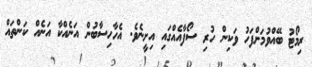
ރިމޯޓު ބޭއްވުމަށްފަހު ވަކިން ހުރި ސޯފާއެއްގައި އިށީނެވެ. އެހާހިސާބުން އަނެއްކާ އަނެއް ކަންތައް